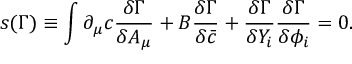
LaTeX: s ( \Gamma ) \equiv \int \partial _ { \mu } c \frac { \delta \Gamma } { \delta A _ { \mu } } + B \frac { \delta \Gamma } { \delta \bar { c } } + \frac { \delta \Gamma } { \delta Y _ { i } } \frac { \delta \Gamma } { \delta \phi _ { i } } = 0 .